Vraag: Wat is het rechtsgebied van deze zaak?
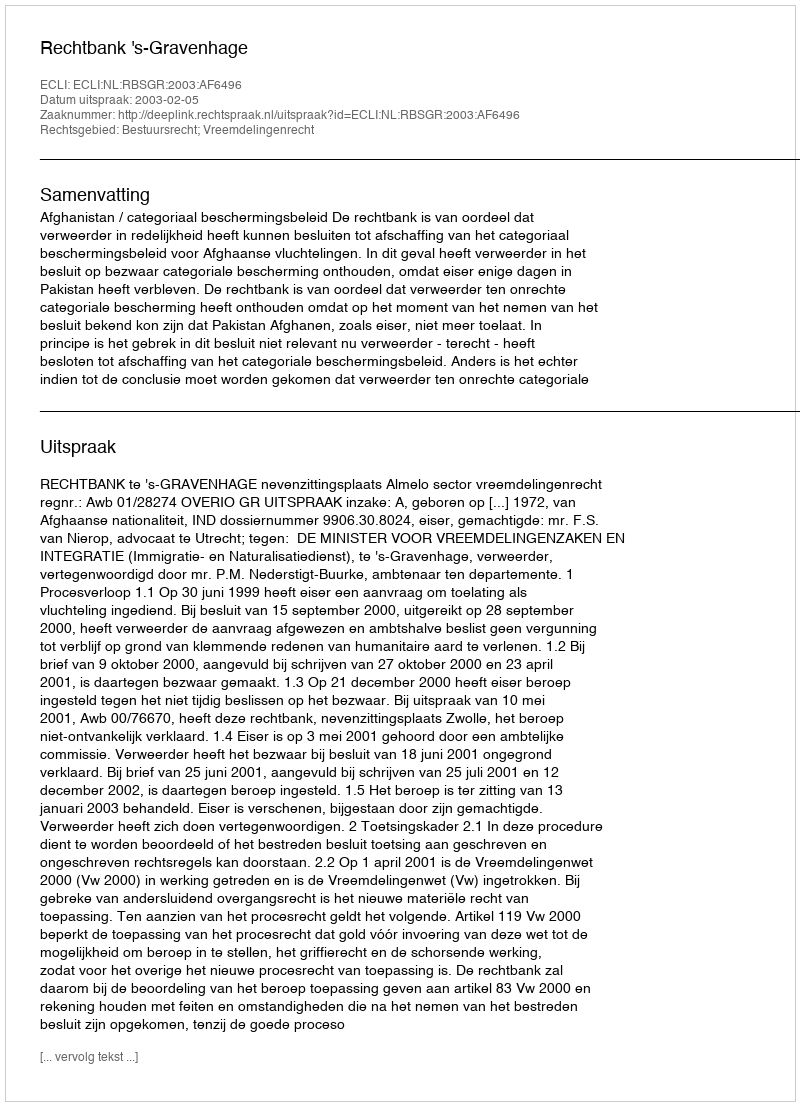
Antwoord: Bestuursrecht; Vreemdelingenrecht